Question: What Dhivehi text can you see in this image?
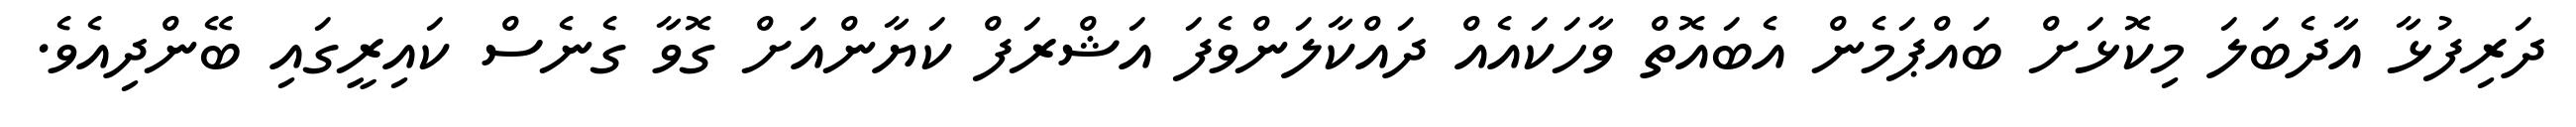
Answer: ދަރިފުޅާ އާދެބަލަ މިކޮޅަށް ބައްޕަމެން އެބައޮތް ވާހަކައެއް ދައްކާލަންވެފަ އަޝްރަފް ކަޔާންއަށް ގޮވާ ގެނެސް ކައިރީގައި ބޭންދިއެވެ.